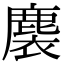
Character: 𪊬